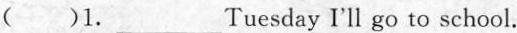
( )1.___ Tuesday I'll go to school.